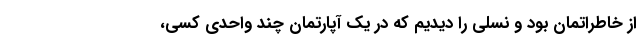
از خاطراتمان بود و نسلی را دیدیم که در یک آپارتمان چند واحدی کسی،